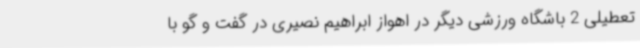
تعطیلی 2 باشگاه ورزشی دیگر در اهواز ابراهیم نصیری در گفت و گو با